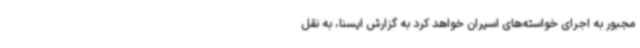
مجبور به اجرای خواسته‌های اسیران خواهد کرد به گزارش ایسنا، به نقل